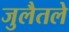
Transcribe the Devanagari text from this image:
जुलैतले